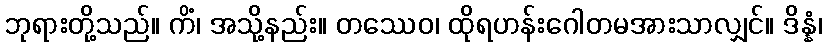
ဘုရားတို့သည်။ ကိံ၊ အသို့နည်း။ တဿေဝ၊ ထိုရဟန်းဂေါတမအားသာလျှင်။ ဒိန္နံ၊